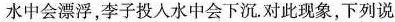
水中会漂浮，李子投入水中会下沉。对此现象，下列说